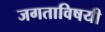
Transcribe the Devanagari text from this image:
जगताविषयी